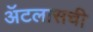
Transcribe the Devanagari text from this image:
ॲटलासची